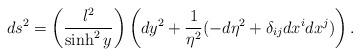
LaTeX: \begin{align*}ds^2= \left(\frac{l^2}{\sinh^2 y}\right)\left(d y^2 + \frac{1}{\eta^2} (-d \eta^2+ \delta_{ij} dx^i dx^j )\right).\end{align*}